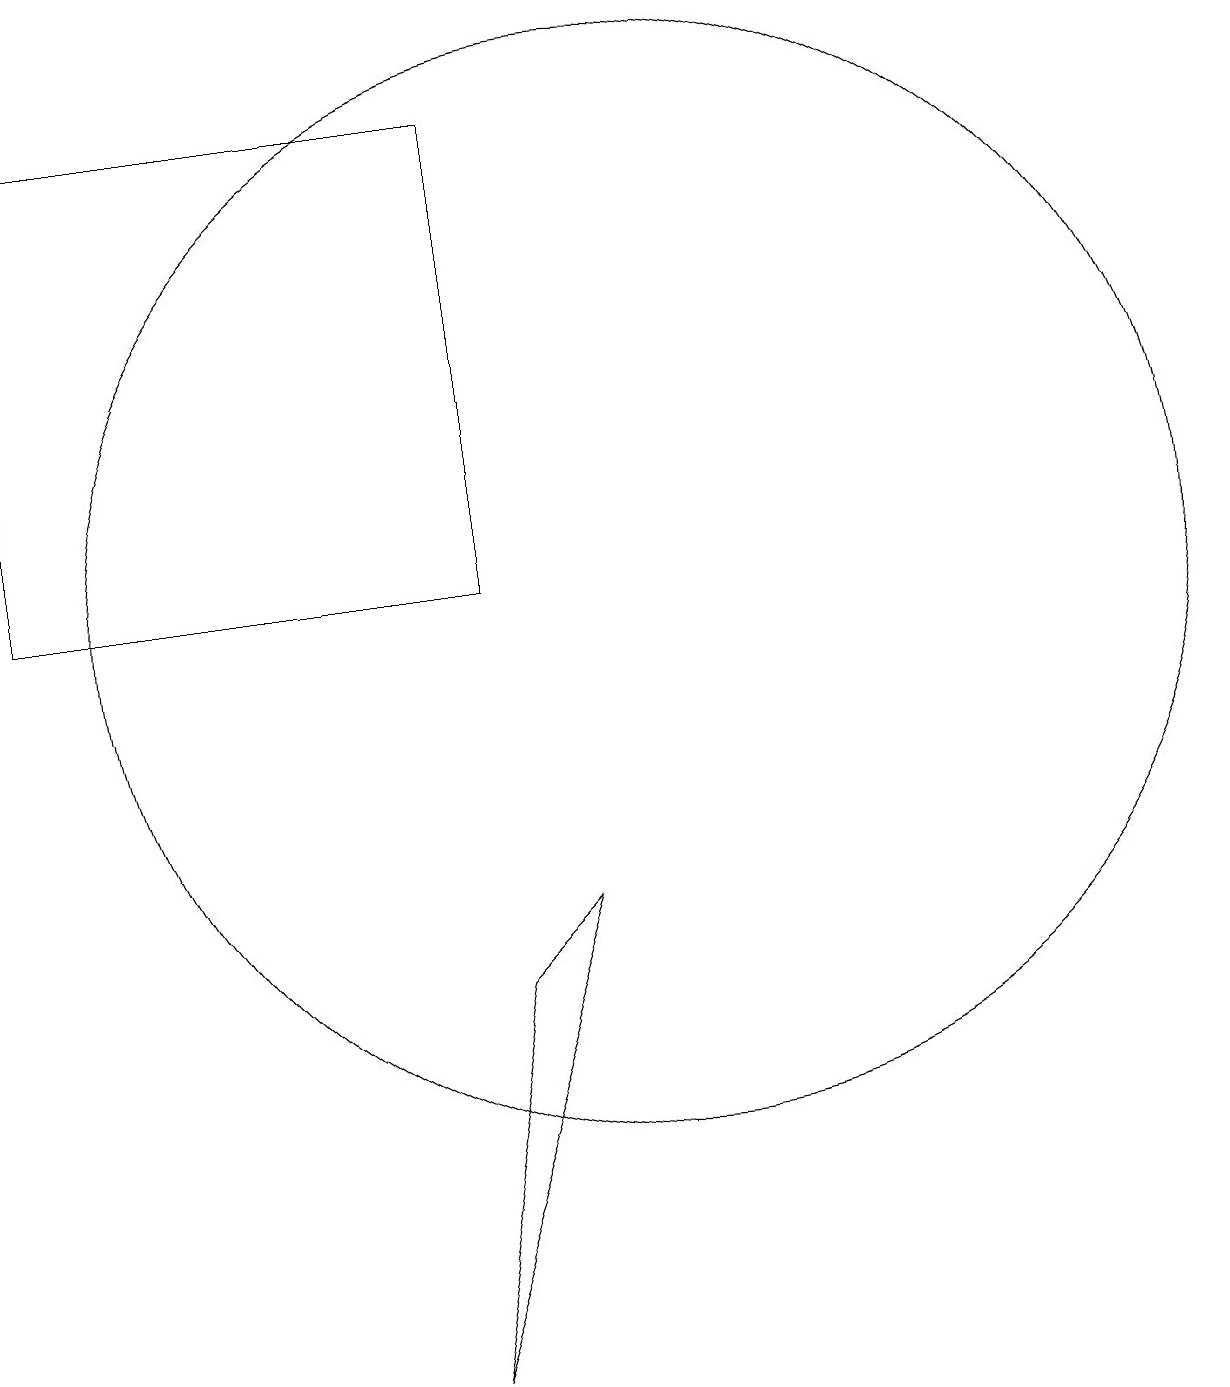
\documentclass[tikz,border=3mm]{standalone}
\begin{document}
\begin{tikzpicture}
\draw (7,2) -- (9,8) -- (8,7) -- cycle;
\draw (10,12) circle (7);
\draw (2,18) rectangle (8,12);
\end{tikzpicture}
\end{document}